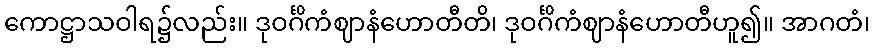
ကောဋ္ဌာသဝါရ၌လည်း။ ဒုဝင်္ဂိကံဈာနံဟောတီတိ၊ ဒုဝင်္ဂိကံဈာနံဟောတီဟူ၍။ အာဂတံ၊